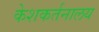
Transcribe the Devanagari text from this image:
केशकर्तनालय